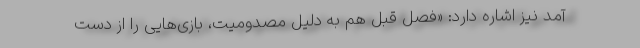
آمد نیز اشاره دارد: «فصل قبل هم به دلیل مصدومیت، بازی‌هایی را از دست